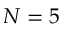
N = 5